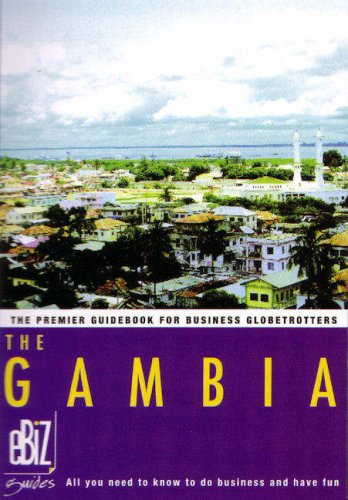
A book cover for Gambia (EBizguides); Pascal Belda; Travel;